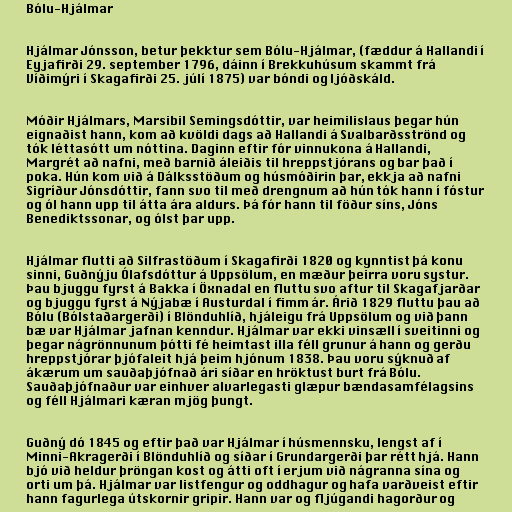
Bólu-Hjálmar

Hjálmar Jónsson, betur þekktur sem Bólu-Hjálmar, (fæddur á Hallandi í
Eyjafirði 29. september 1796, dáinn í Brekkuhúsum skammt frá
Víðimýri í Skagafirði 25. júlí 1875) var bóndi og ljóðskáld.

Móðir Hjálmars, Marsibil Semingsdóttir, var heimilislaus þegar hún
eignaðist hann, kom að kvöldi dags að Hallandi á Svalbarðsströnd og
tók léttasótt um nóttina. Daginn eftir fór vinnukona á Hallandi,
Margrét að nafni, með barnið áleiðis til hreppstjórans og bar það í
poka. Hún kom við á Dálksstöðum og húsmóðirin þar, ekkja að nafni
Sigríður Jónsdóttir, fann svo til með drengnum að hún tók hann í fóstur
og ól hann upp til átta ára aldurs. Þá fór hann til föður síns, Jóns
Benediktssonar, og ólst þar upp.

Hjálmar flutti að Silfrastöðum í Skagafirði 1820 og kynntist þá konu
sinni, Guðnýju Ólafsdóttur á Uppsölum, en mæður þeirra voru systur.
Þau bjuggu fyrst á Bakka í Öxnadal en fluttu svo aftur til Skagafjarðar
og bjuggu fyrst á Nýjabæ í Austurdal í fimm ár. Árið 1829 fluttu þau að
Bólu (Bólstaðargerði) í Blönduhlíð, hjáleigu frá Uppsölum og við þann
bæ var Hjálmar jafnan kenndur. Hjálmar var ekki vinsæll í sveitinni og
þegar nágrönnunum þótti fé heimtast illa féll grunur á hann og gerðu
hreppstjórar þjófaleit hjá þeim hjónum 1838. Þau voru sýknuð af
ákærum um sauðaþjófnað ári síðar en hröktust burt frá Bólu.
Sauðaþjófnaður var einhver alvarlegasti glæpur bændasamfélagsins
og féll Hjálmari kæran mjög þungt.

Guðný dó 1845 og eftir það var Hjálmar í húsmennsku, lengst af í
Minni-Akragerði í Blönduhlíð og síðar í Grundargerði þar rétt hjá. Hann
bjó við heldur þröngan kost og átti oft í erjum við nágranna sína og
orti um þá. Hjálmar var listfengur og oddhagur og hafa varðveist eftir
hann fagurlega útskornir gripir. Hann var og fljúgandi hagorður og